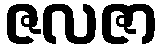
ဇလဇာ